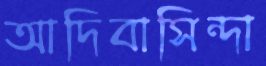
আদিবাসিন্দা